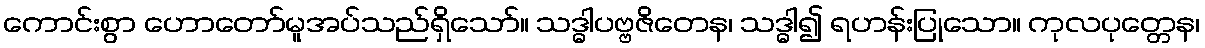
ကောင်းစွာ ဟောတော်မူအပ်သည်ရှိသော်။ သဒ္ဓါပဗ္ဗဇိတေန၊ သဒ္ဓါ၍ ရဟန်းပြုသော။ ကုလပုတ္တေန၊